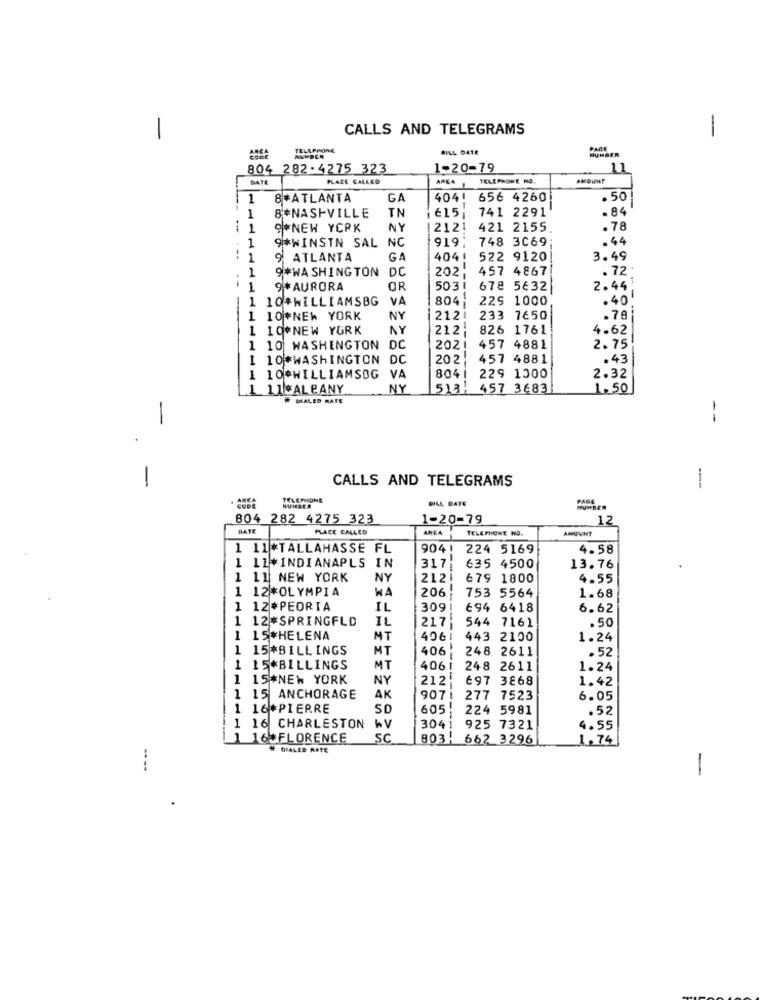
CALLS AND TELEGRAMS
-
-
IPHONE
BILL DATE
HUMBER
CODE
804 282-4275 323
1-20-79
11
DATE
PLACE CALLED
AREA
TELEPHONE NO.
AMOUNT
1
8+ATLANTA
GA
404!
656 4260
.50
8*NASHVILLE
TN
€15
741 2291
- 84
1
1
9*NEW YORK
NY
2121
421 2155
.78
1
9*WINSIN SAL NC
919:
748 3069
.44
---
1
9 ATLANTA
GA
404!
522 9120
3.49
1
9*WASHINGTON DC
202;
457 4867
.72
1
9* AURORA
OR
5031
678 5632
2.44.
1 10#WILLIAMSBG
VA
804
225 1000
.40'
1 10*NEW YORK
NY
212
233 7650
.78
1 10*NEW YORK
NY
212
826 1761
4.62
1 10 WASHINGTON DC
2021
457 4881
2.75
1 10*WASHINGTON DC
202.
457 4881
.43
1 10#WILLIAMSOG
VA
804
229 1300
2.32
11#ALBANY
NY
513, 457 3683
1.50
# DIALED RATE
-
--
-
CALLS AND TELEGRAMS
-
TELEPHONE
NUMBER
BILL DATE
PAGE
HUMBER
804 282 4275 323
1-20-79
12
DATE
PLACE CALLED
AREA
TELEPHONE NO.
AMOUNT
1 11*TALLAHASSE FL
9041
224 5169
4.58
1 11*INDIANAPLS IN
635 4500
13.76
1 11 NEW YORK
NY
212
----
679 1800
4.55
1 12*OLYMPIA
WA
206:
753 5564
1.68
1 12#PEORIA
IL
309
694 6418
6.62
1 12 *SPRINGFLD
IL
544 7161
.50
1 15*HELENA
MT
4061
443 2100
1.24
1 15*BILL INGS
MT
406.
248 2611
.52
1 15*BILLINGS
MT
406 !
248 2611
1.24
1 15#NEW YORK
NY
212
697 3868
1.42
1 15 ANCHORAGE
AK
9071
277 7523
6.05
1 16#PIERRE
SD
605!
224 5981
.52
1 16 CHARLESTON
WV
3041
925 7321
4.55
1 16+FLORENCE
SC
803.
662 3296
1.74
+ GPALED RATE
----
-